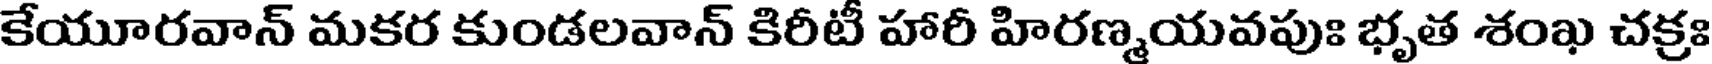
కేయూరవాన్ మకర కుండలవాన్ కిరీటీ హారీ హిరణ్మయవపుః భృత శంఖ చక్రః